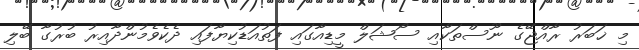
މި ޚަބަރު ރާއްޖޭގެ ނޫސްތަކާއި ސޯޝަލް މީޑިއާގައި ފަތުއަޑުކިޔާފައި ދެކެވެމުންދާއިރު ބުރުގާ ބޭލި